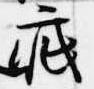
疵